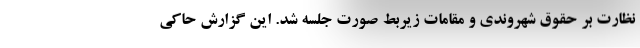
نظارت بر حقوق شهروندی و مقامات زیربط صورت جلسه شد. این گزارش حاکی